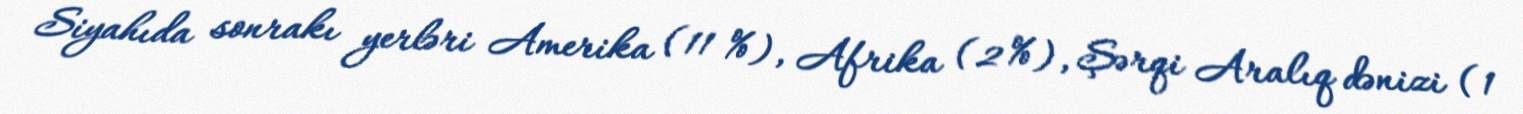
Siyahıda sonrakı yerləri Amerika (11 %), Afrika (2 %), Şərqi Aralıq dənizi (1